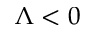
\Lambda < 0